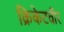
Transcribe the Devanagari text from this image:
क्रिकेटवीर